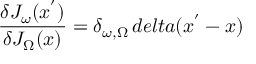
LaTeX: \frac { \delta J _ { \omega } ( x ^ { ' } ) } { \delta J _ { \Omega } ( x ) } = \delta _ { \omega , \Omega } \, d e l t a ( x ^ { ' } - x )